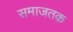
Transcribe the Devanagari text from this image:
समाजतक